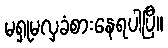
မရှုမလှခံစားနေရပါပြီ။